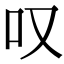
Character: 叹